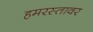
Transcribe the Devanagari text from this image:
हमरस्तावर